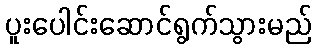
ပူးပေါင်းဆောင်ရွက်သွားမည်